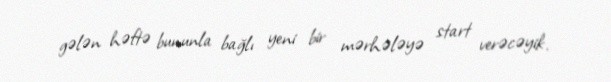
gələn həftə bununla bağlı yeni bir mərhələyə start verəcəyik.